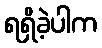
ရရှိခဲ့ပါက